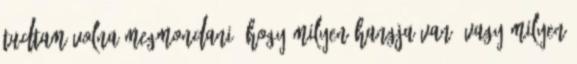
tudtam volna megmondani, hogy milyen hangja van, vagy milyen